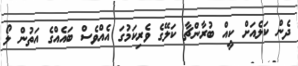
ދެން ކަލެއަށް ކީއް ބުރާންޗާ ކަލޭގެ ވެރިކަމުގަ އެއްވެސް ބައެއްގެ އަތުން ލޯ